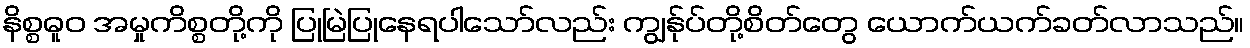
နိစ္စဓူဝ အမှုကိစ္စတို့ကို ပြုမြဲပြုနေရပါသော်လည်း ကျွန်ုပ်တို့စိတ်တွေ ယောက်ယက်ခတ်လာသည်။